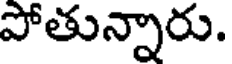
పోతున్నారు.